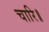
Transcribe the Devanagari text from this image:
चारि॥